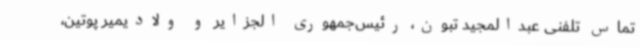
تماس تلفنی عبدالمجید تبون، رئیس‌جمهوری الجزایر و ولادیمیر پوتین،‌